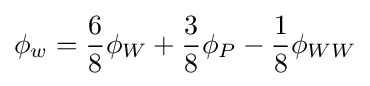
\phi _{w}={\frac {6}{8}}\phi _{W}+{\frac {3}{8}}\phi _{P}-{\frac {1}{8}}\phi _{WW}